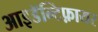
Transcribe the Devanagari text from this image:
आइडॅन्टिफ़ायर